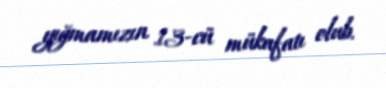
yığmamızın 13-cü mükafatı olub.